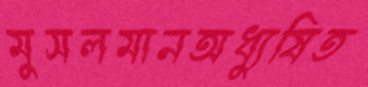
মুসলমানঅধ্যুষিত